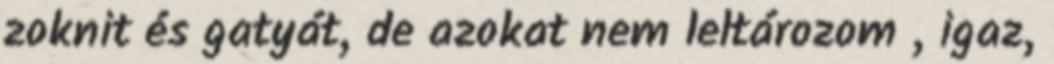
zoknit és gatyát, de azokat nem leltározom , igaz,